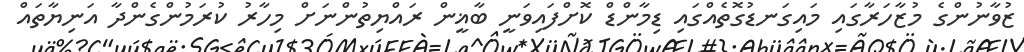
ޒުވާނުންގެ މުޒާހަރާގައި މައިގަނޑުގޮތެއްގައި ޑިމާންޑް ކޮށްފައިވަނީ ބާޣީން ރައްޔިތުންނަށް މިހާރު ކުރަމުންގެންދާ އަނިޔާތައް